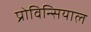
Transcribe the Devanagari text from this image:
प्रोविन्सियाल